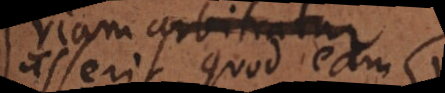
asserit, quod eam